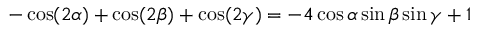
- \cos ( 2 \alpha ) + \cos ( 2 \beta ) + \cos ( 2 \gamma ) = - 4 \cos \alpha \sin \beta \sin \gamma + 1